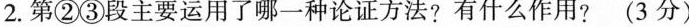
2.第②③段主要运用了哪一种论证方法?有什么作用?(3分